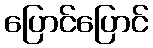
ပြောင်ပြောင်